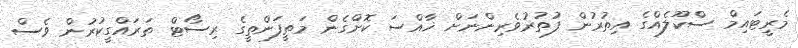
މެރީޓައިމް ސްކޫލެއްގެ އިތުރުން ފުތުރުވެރިންނަށް ޚާއްސަ ކޮށްގެން މަތީފަންތީގެ ރިސޯޓް ތަރައްގީކުރުން ވެސް